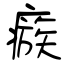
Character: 瘯